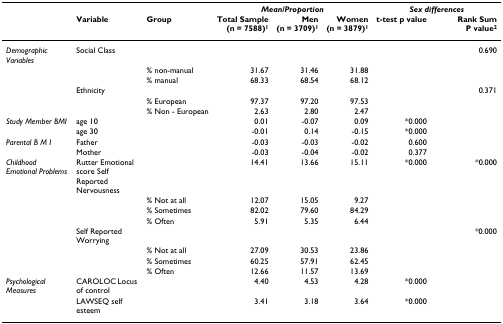
<table><thead><tr><td></td><td></td><td></td><td colspan="3"><b><i>Mean/Proportion</i></b></td><td colspan="2"><b><i>Sex differences</i></b></td></tr><tr><td></td><td><b>Variable</b></td><td><b>Group</b></td><td><b>Total Sample(n = 7588)<sup>1</sup></b></td><td><b>Men(n = 3709)<sup>1</sup></b></td><td><b>Women(n = 3879)<sup>1</sup></b></td><td><b>t-test p value</b></td><td><b>Rank Sum P value<sup>2</sup></b></td></tr></thead><tbody><tr><td><i>Demographic Variables</i></td><td>Social Class</td><td></td><td></td><td></td><td></td><td></td><td>0.690</td></tr><tr><td></td><td></td><td>% non-manual</td><td>31.67</td><td>31.46</td><td>31.88</td><td></td><td></td></tr><tr><td></td><td></td><td>% manual</td><td>68.33</td><td>68.54</td><td>68.12</td><td></td><td></td></tr><tr><td></td><td>Ethnicity</td><td></td><td></td><td></td><td></td><td></td><td>0.371</td></tr><tr><td></td><td></td><td>% European</td><td>97.37</td><td>97.20</td><td>97.53</td><td></td><td></td></tr><tr><td></td><td></td><td>% Non - European</td><td>2.63</td><td>2.80</td><td>2.47</td><td></td><td></td></tr><tr><td><i>Study Member BMI</i></td><td>age 10</td><td></td><td>0.01</td><td>-0.07</td><td>0.09</td><td>*0.000</td><td></td></tr><tr><td></td><td>age 30</td><td></td><td>-0.01</td><td>0.14</td><td>-0.15</td><td>*0.000</td><td></td></tr><tr><td><i>Parental B M I</i></td><td>Father</td><td></td><td>-0.03</td><td>-0.03</td><td>-0.02</td><td>0.600</td><td></td></tr><tr><td></td><td>Mother</td><td></td><td>-0.03</td><td>-0.04</td><td>-0.02</td><td>0.377</td><td></td></tr><tr><td><i>Childhood Emotional Problems</i></td><td>Rutter Emotional score Self Reported Nervousness</td><td></td><td>14.41</td><td>13.66</td><td>15.11</td><td>*0.000</td><td>*0.000</td></tr><tr><td></td><td></td><td>% Not at all</td><td>12.07</td><td>15.05</td><td>9.27</td><td></td><td></td></tr><tr><td></td><td></td><td>% Sometimes</td><td>82.02</td><td>79.60</td><td>84.29</td><td></td><td></td></tr><tr><td></td><td></td><td>% Often</td><td>5.91</td><td>5.35</td><td>6.44</td><td></td><td></td></tr><tr><td></td><td>Self Reported Worrying</td><td></td><td></td><td></td><td></td><td></td><td>*0.000</td></tr><tr><td></td><td></td><td>% Not at all</td><td>27.09</td><td>30.53</td><td>23.86</td><td></td><td></td></tr><tr><td></td><td></td><td>% Sometimes</td><td>60.25</td><td>57.91</td><td>62.45</td><td></td><td></td></tr><tr><td></td><td></td><td>% Often</td><td>12.66</td><td>11.57</td><td>13.69</td><td></td><td></td></tr><tr><td><i>Psychological Measures</i></td><td>CAROLOC Locus of control</td><td></td><td>4.40</td><td>4.53</td><td>4.28</td><td>*0.000</td><td></td></tr><tr><td></td><td>LAWSEQ self esteem</td><td></td><td>3.41</td><td>3.18</td><td>3.64</td><td>*0.000</td><td></td></tr></tbody></table>